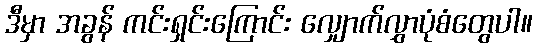
ဒီမှာ အခွန် ကင်းရှင်းကြောင်း လျှောက်လွှာပုံစံတွေပါ။